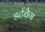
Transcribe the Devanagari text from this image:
डर्टबैग